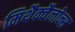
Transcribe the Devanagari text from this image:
मिथैक्वैलोन्स